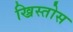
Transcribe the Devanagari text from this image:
ख्रिस्‍तोस